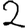
Digit: 2